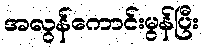
အလွန်ကောင်းမွန်ပြီး